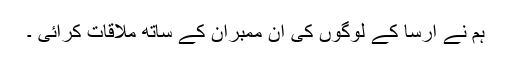
ہم نے ارسا کے لوگوں کی ان ممبران کے ساتھ ملاقات کرائی ۔